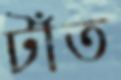
টাঁত